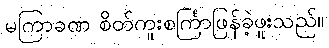
မကြာခဏ စိတ်ကူးစင်္ကြာဖြန်ခဲ့ဖူးသည်။